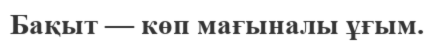
Бақыт — көп мағыналы ұғым.